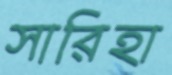
সারিহা